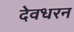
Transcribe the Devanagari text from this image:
देवधरन